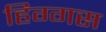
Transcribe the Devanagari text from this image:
हिग्गस